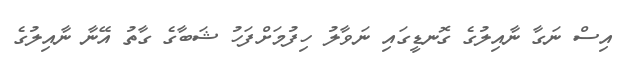
އިސް ނަގާ ނާއިލުގެ ގޮނޑީގައި ނަވާލު ހިފުމަށްފަހު ޝަބާގެ ގާތު އޭނާ ނާއިލުގެ